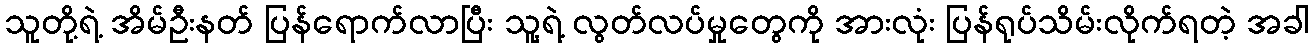
သူတို့ရဲ့ အိမ်ဦးနတ် ပြန်ရောက်လာပြီး သူ့ရဲ့ လွတ်လပ်မှုတွေကို အားလုံး ပြန်ရုပ်သိမ်းလိုက်ရတဲ့ အခါ